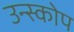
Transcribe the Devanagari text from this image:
उन्स्कोप